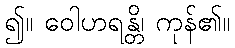
၍။ ဝေါဟရန္တိ၊ ကုန်၏။